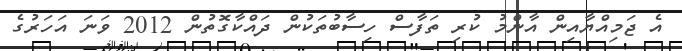
އެ ޖަމިއްޔާއިން އާންމު ކުރި ތަފާސް ހިސާބުތަކުން ދައްކާގޮތުން 2012 ވަނަ އަހަރުގެ